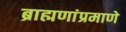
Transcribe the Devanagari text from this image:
ब्राह्मणांप्रमाणे